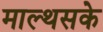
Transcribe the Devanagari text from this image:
माल्थसके